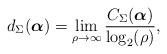
LaTeX: \begin{align*}d_\Sigma(\boldsymbol{\alpha})=\lim_{\rho\to\infty}\frac{C_{\Sigma}(\boldsymbol{\alpha})}{\log_2(\rho)},\end{align*}